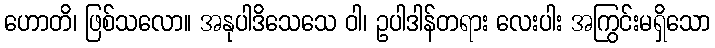
ဟောတိ၊ ဖြစ်သလော။ အနုပါဒိသေသေ ဝါ၊ ဥပါဒါန်တရား လေးပါး အကြွင်းမရှိသော